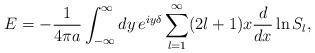
LaTeX: \begin{align*}E=-{1\over4\pi a}\int_{-\infty}^\infty dy\,e^{iy\delta}\sum_{l=1}^\infty(2l+1)x{d\over dx}\ln S_l,\end{align*}